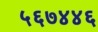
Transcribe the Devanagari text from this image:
५६७४४६